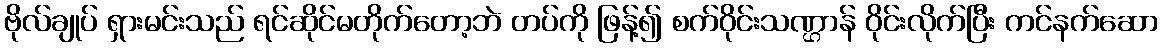
ဗိုလ်ချုပ် ရှားမင်းသည် ရင်ဆိုင်မတိုက်တော့ဘဲ တပ်ကို ဖြန့်၍ စက်ဝိုင်းသဏ္ဌာန် ဝိုင်းလိုက်ပြီး ကင်နက်ဆော